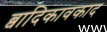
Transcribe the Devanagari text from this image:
ब्वादिकावकाद